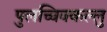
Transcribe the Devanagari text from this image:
पुलच्चिक्कल्लु